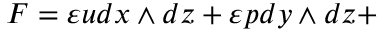
F = \varepsilon u d x \wedge d z + \varepsilon p d y \wedge d z +